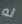
له